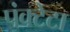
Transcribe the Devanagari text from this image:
पंक्टेटा